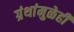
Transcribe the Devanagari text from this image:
ग्रंथांमुळेही